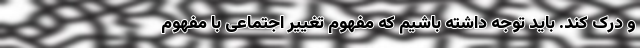
و درک کند. باید توجه داشته باشیم که مفهوم تغییر اجتماعی با مفهوم